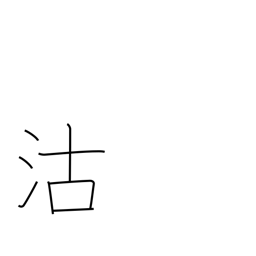
Meaning: buying & selling